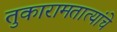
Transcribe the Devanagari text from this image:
तुकारामतात्यांचे